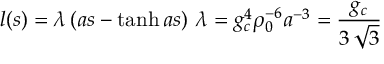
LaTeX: l ( s ) = \lambda \left( a s - \operatorname { t a n h } a s \right) \, \lambda = g _ { c } ^ { 4 } \rho _ { 0 } ^ { - 6 } a ^ { - 3 } = \frac { g _ { c } } { 3 \, \sqrt { 3 } }